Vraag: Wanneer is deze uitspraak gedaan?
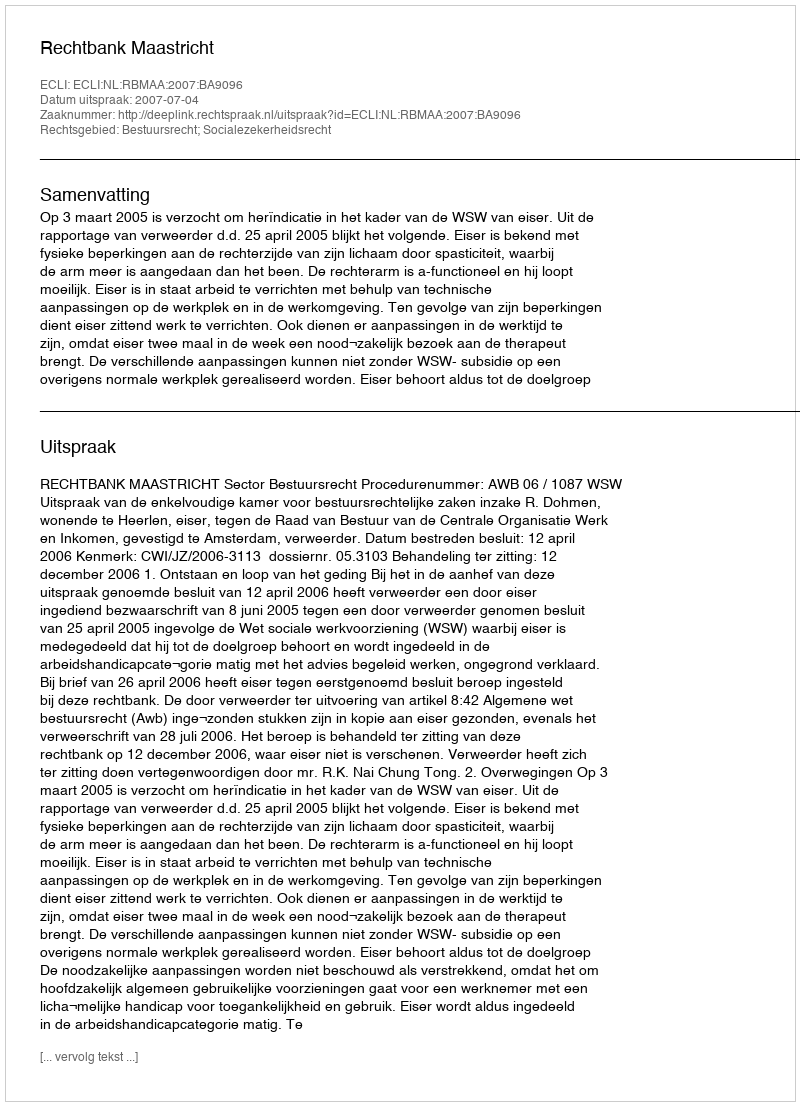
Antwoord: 2007-07-04